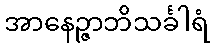
အာနေဉ္ဇာဘိသင်္ခါရံ